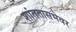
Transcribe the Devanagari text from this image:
शांततासभेवर